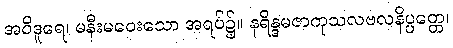
အဝိဒူရေ၊ မနီးမဝေးသော အရပ်၌။ နရိန္ဒမဇာကုသလဗလနိပ္ပတ္တေ၊